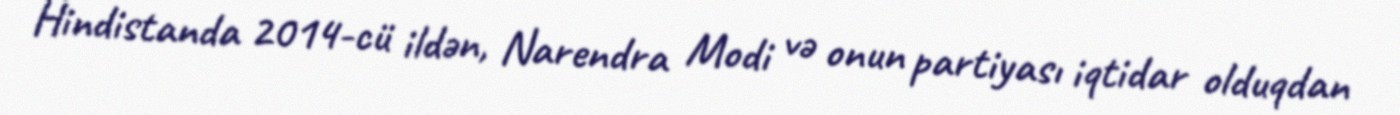
Hindistanda 2014-cü ildən, Narendra Modi və onun partiyası iqtidar olduqdan